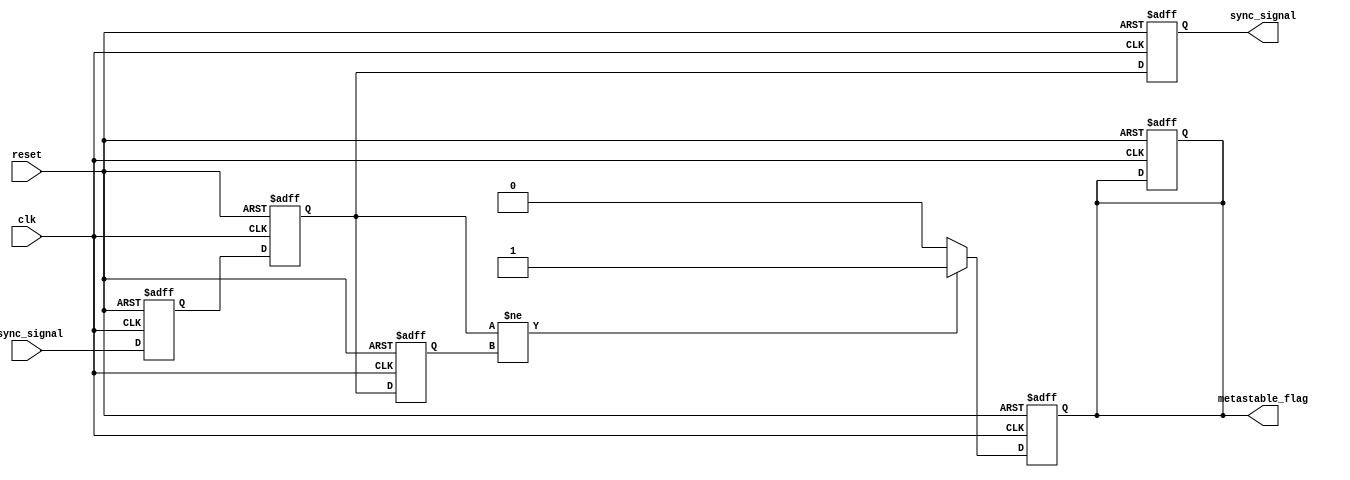
module metastability_detector (
    input wire clk,                // Clock signal
    input wire reset,              // Reset signal
    input wire async_signal,       // Asynchronous input signal
    output reg sync_signal,        // Synchronized output signal
    output reg metastable_flag     // Metastability indicator
);

    // Internal signals
    reg ff1, ff2;                 // Outputs of the two D flip-flops
    reg ff1_prev;                 // Previous state of first flip-flop

    // D Flip-Flop implementation for the first flip-flop
    always @(posedge clk or posedge reset) begin
        if (reset) begin
            ff1 <= 1'b0;           // Reset the first flip-flop
        end else begin
            ff1 <= async_signal;   // Sample async signal
        end
    end

    // D Flip-Flop implementation for the second flip-flop
    always @(posedge clk or posedge reset) begin
        if (reset) begin
            ff2 <= 1'b0;           // Reset the second flip-flop
            sync_signal <= 1'b0;   // Reset the synchronized output
            metastable_flag <= 1'b0; // Clear metastability flag
        end else begin
            ff2 <= ff1;             // Sample output of the first flip-flop
            sync_signal <= ff2;     // Update synchronized output
        end
    end

    // Metastability detection logic
    always @(posedge clk or posedge reset) begin
        if (reset) begin
            metastable_flag <= 1'b0; // Clear metastability flag
            ff1_prev <= 1'b0;         // Initialize previous state
        end else begin
            // Check for state change in the second flip-flop
            if (ff2 != ff1_prev) begin
                metastable_flag <= 1'b1; // Flag metastability condition
            end else begin
                metastable_flag <= 1'b0; // Clear flag if stable
            end
            ff1_prev <= ff2; // Update previous state of the second flip-flop
        end
    end

endmodule